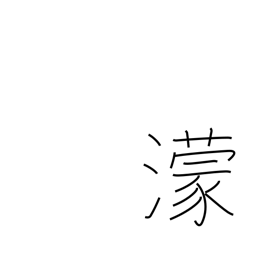
Meaning: dark